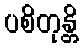
ပစိတုန္တိ